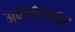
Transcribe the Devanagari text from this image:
अक्षांशांवर